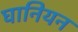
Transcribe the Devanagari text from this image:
घानियन